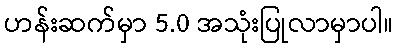
ဟန်းဆက်မှာ 5.0 အသုံးပြုလာမှာပါ။